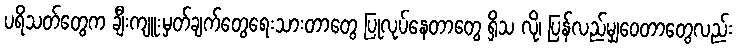
ပရိသတ်တွေက ချီးကျူးမှတ်ချက်တွေရေးသားတာတွေ ပြုလုပ်နေတာတွေ ရှိသ လို၊ ပြန်လည်မျှဝေတာတွေလည်း